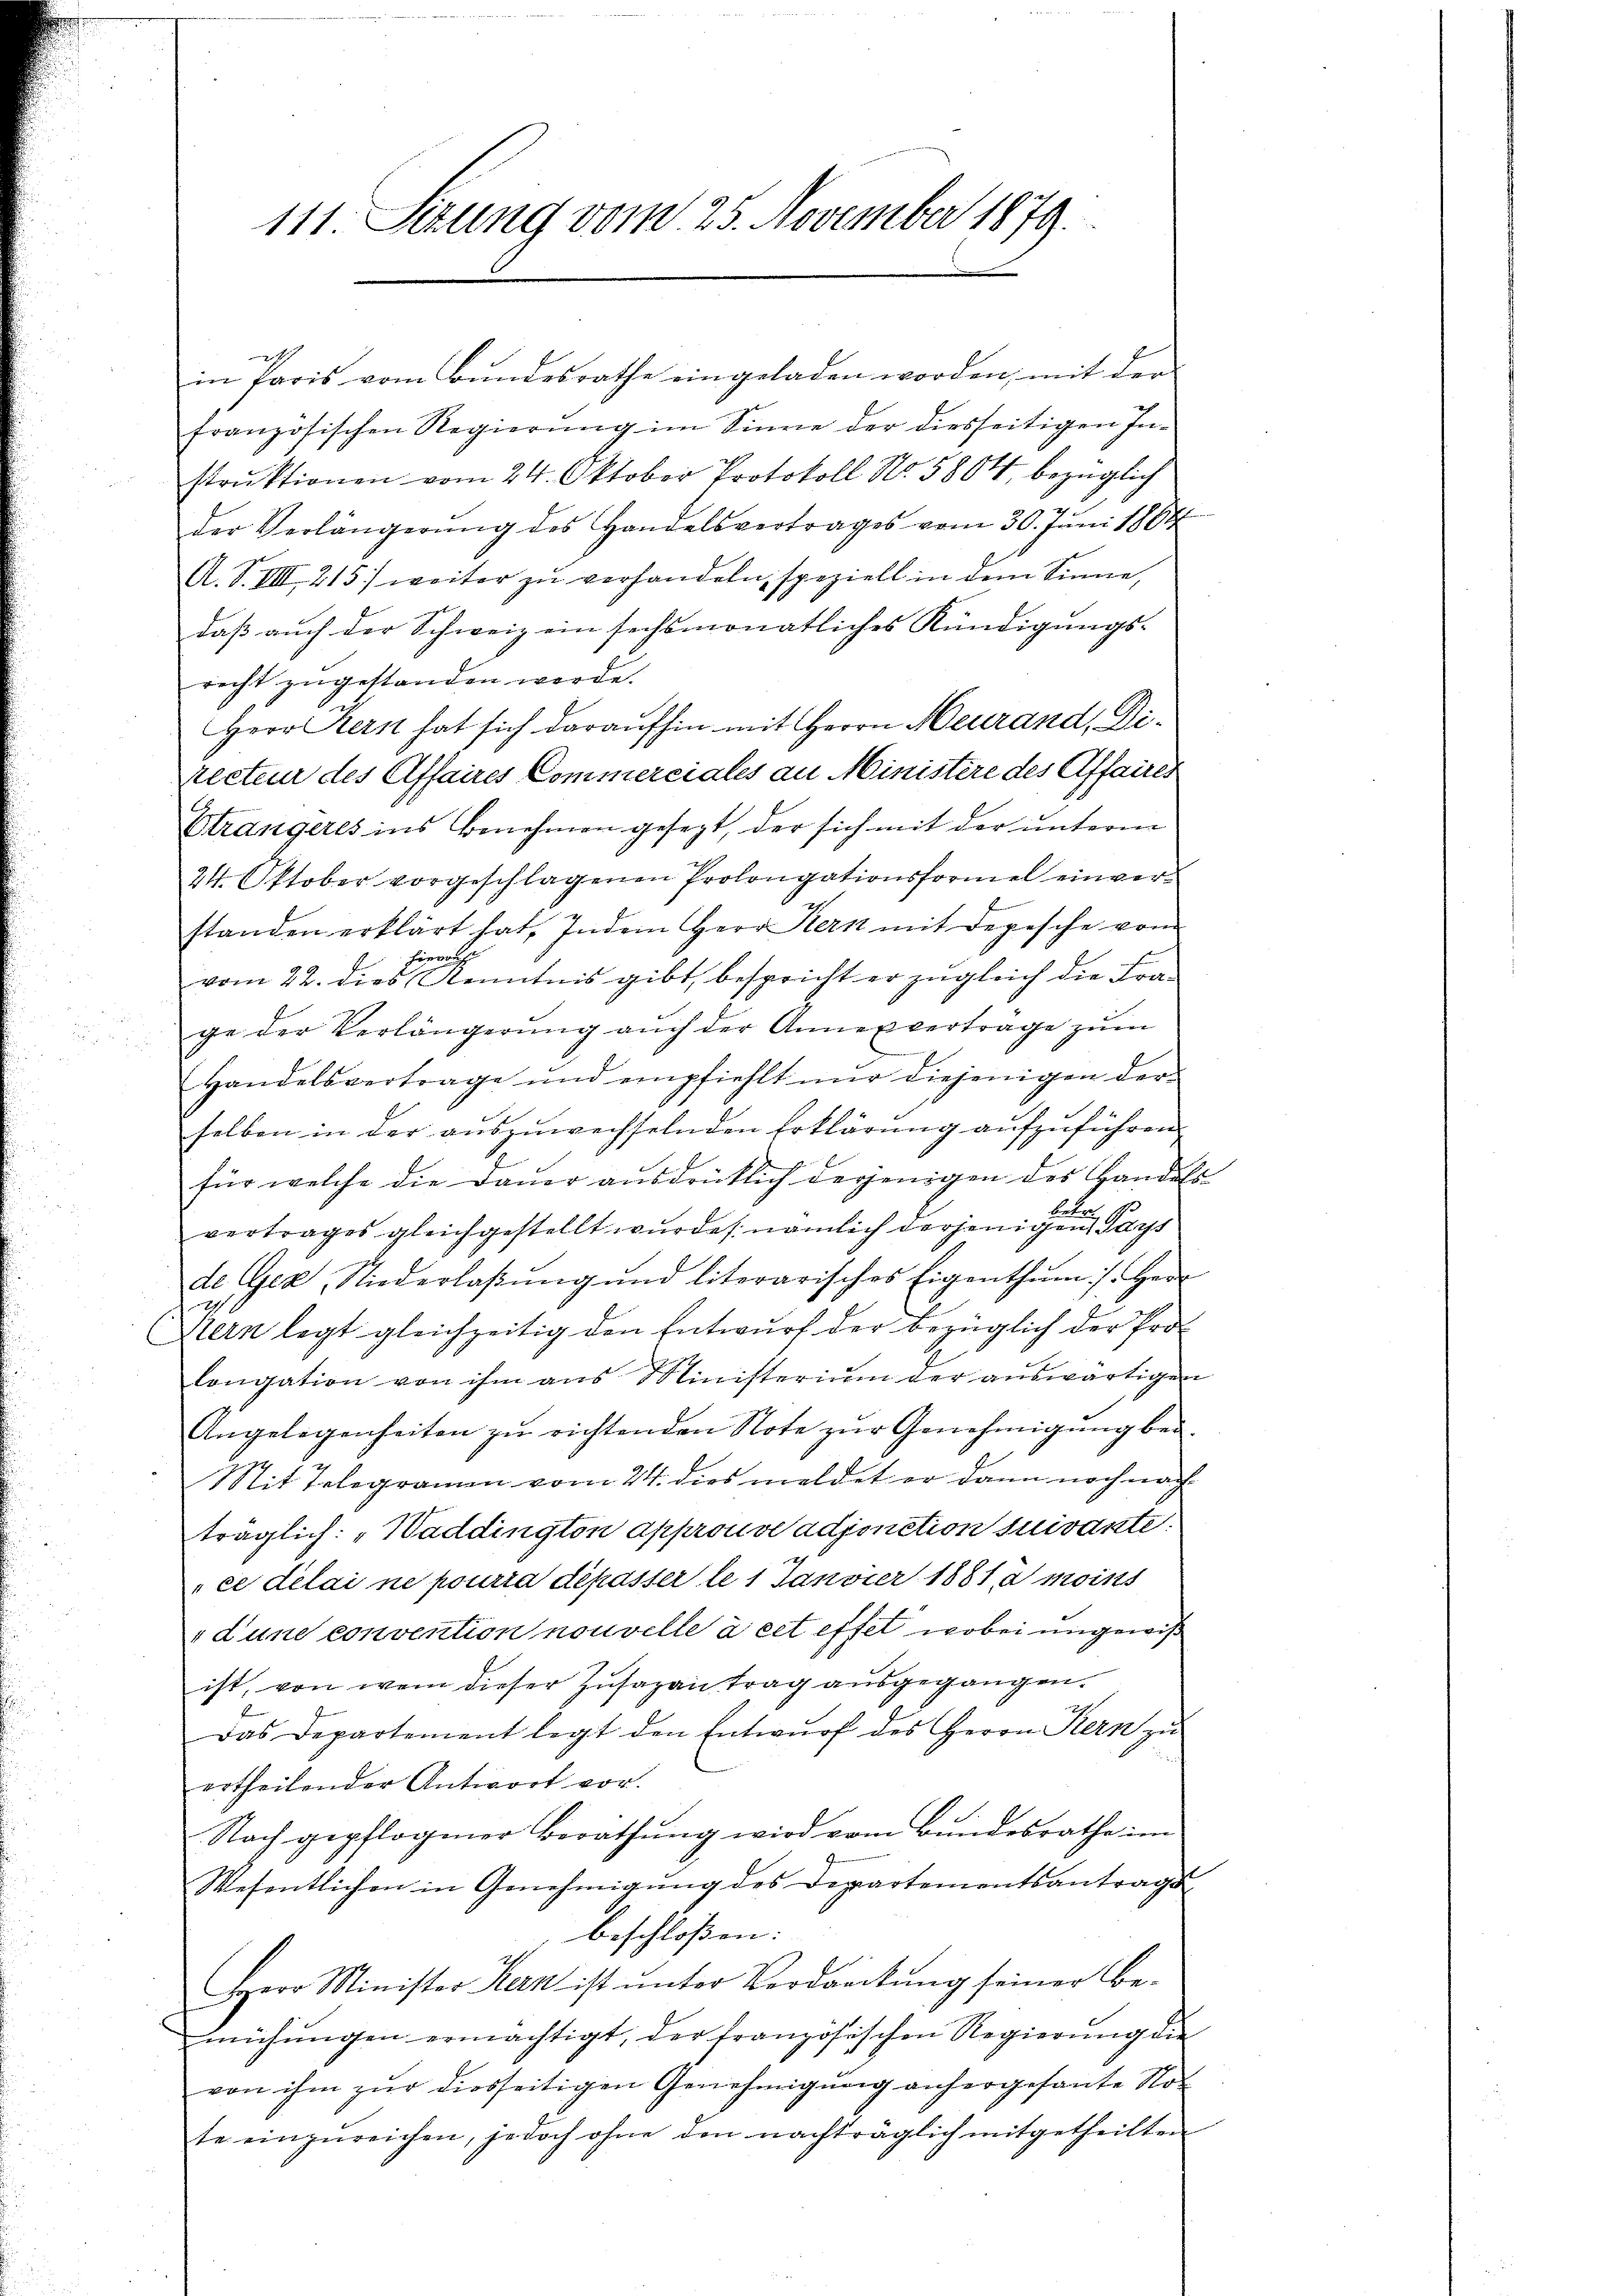
111. Setung vom 25. November 1879.

in Paris vom Bŭndesrathe eingeladen worden, mit der
französischen Regierŭng im Sinne der diesseitigen In-
strŭktionen vom 24. Oktober Protokoll No. 5804, bezüglich
der Verlängerŭng des Handelsvertrages vom 30. Jŭni 1864
A. S. VIII 215) weiter zu verhandeln, speziell in dem Sinne,
daß auch der Schweiz ein sechsmonatliches Kündigungs-
recht zŭgestanden werde.
Herr Kern hat sich daraufhin mit Herrn Heurand, Directeur des Affaires Commerciales an Ministere des Affaires
Strangeres ins Benehmen gesezt, der sich mit der unterm
24. Oktober vorgeschlagenen Prolongationsformel einverstanden erklärt hat. Indem Herr Kern mit Depesche vom
vom 22. dieser Kenntnis gibt, bespricht er zugleich die Frage der Verlängerŭng aŭch der Anneuvertrage zum
Handelsvertrage und empfiehlt nŭr diejenigen der-
selben in der aŭszŭwechselnden Erklärung aufzuführen.
für welche die Dauer ausdrücklich derjenigen des Handels
vertrages gleichgestellt wurde, nämlich derjenigen Pays
de Gex, Niederlaβŭng und literarisches Eigenthŭm /. Her-
Bern legt gleichzeitig den Entwŭrf der bezüglich der Pro-
longation von ihm aus Ministerium der auswärtigen
Angelegenheiten zu richtenden Note zur Genehmigung bei.
Mit Telegramm vom 24. dies meldet er dann noch nach
träglich: „Waddington approuve adjonction suivante.
ce délai ne pourra dépasser le 1 Janvier 1881 a moins
dune convention nouvelle à cet effet, wobei ungewiß
ist, von wem dieser Zusagen trag ausgegangen.
Das Departement legt den Entwurf des Herrn Kern zu
ertheilender Antwort vor.
Nach gepflogener Berathung wird vom Bundesrathe im
Wesentlichen in Genehmigung des Departementsantrags
 beschloßen:
Herr Minister Kern ist unter Verdanckung seiner Bemühŭngen ermächtigt, der französischen Regierŭng die
von ihm zur diesseitigen Genehmigung anhergesante Not
te einzŭreichen, jedoch ohne den nachträglich mitgetheilten